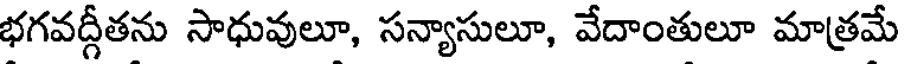
భగవద్గీతను సాధువులూ, సన్యాసులూ, వేదాంతులూ మాత్రమే